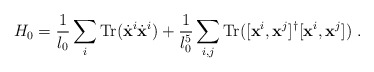
\begin{align*}H_0 = \frac{1}{l_0} \sum_{i} {\rm Tr}(\dot {\bf x}^i \dot {\bf x}^i)+ \frac{1}{l_0^5} \sum_{i,j} {\rm Tr}([{\bf x}^i, {\bf x}^j]^\dagger[{\bf x}^i, {\bf x}^j] )\ .\end{align*}